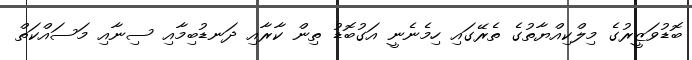
ބޮޑުވަޒީރުގެ މިލްކިއްޔާތުގެ ތެރޭގައި ހިމެނެނީ އަގުބޮޑު ތިން ކާރާއި ދަނޑުބިމާއި ސިނާއި މަސައްކަތް